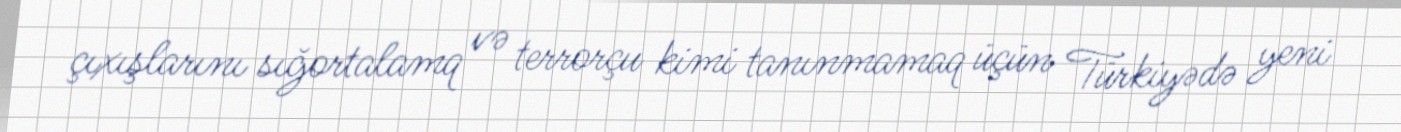
çıxışlarını sığortalamq və terrorçu kimi tanınmamaq üçün Türkiyədə yeni